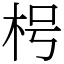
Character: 枵